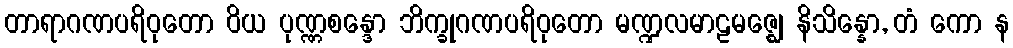
တာရာဂဏပရိဝုတော ဝိယ ပုဏ္ဏစန္ဒော ဘိက္ခုဂဏပရိဝုတော မဏ္ဍလမာဠမဇ္ဈေ နိသိန္နော, တံ ကော န